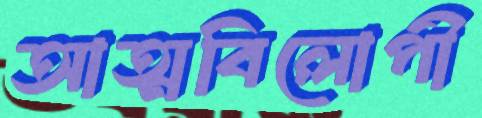
আত্মবিলোপী